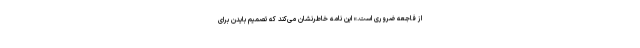
از فاجعه ضروری است.» این نامه خاطرنشان می‌کند که تصمیم بایدن برای